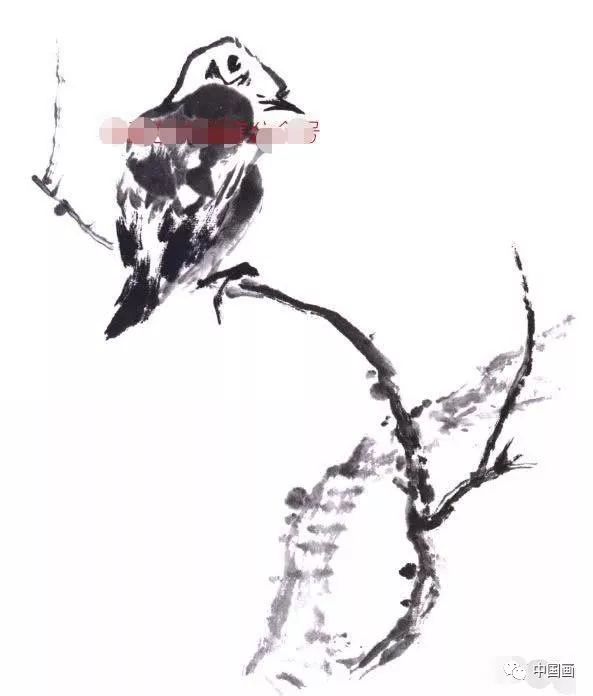
怒不过夺，喜不过予。